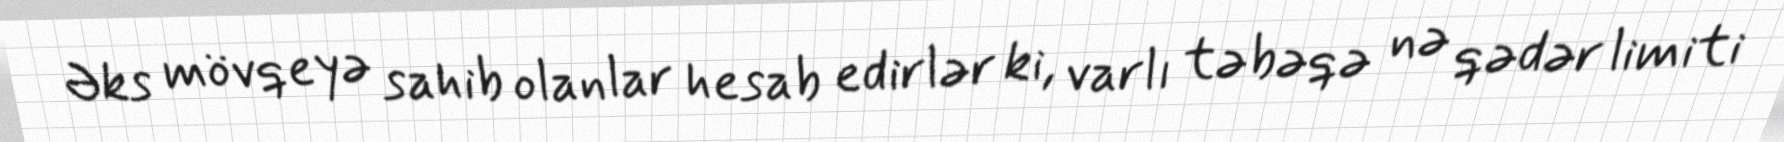
Əks mövqeyə sahib olanlar hesab edirlər ki, varlı təbəqə nə qədər limiti